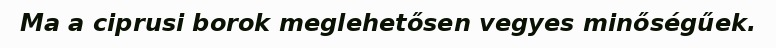
Ma a ciprusi borok meglehetősen vegyes minőségűek.